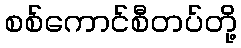
စစ်ကောင်စီတပ်တို့